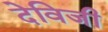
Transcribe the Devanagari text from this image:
देविजी